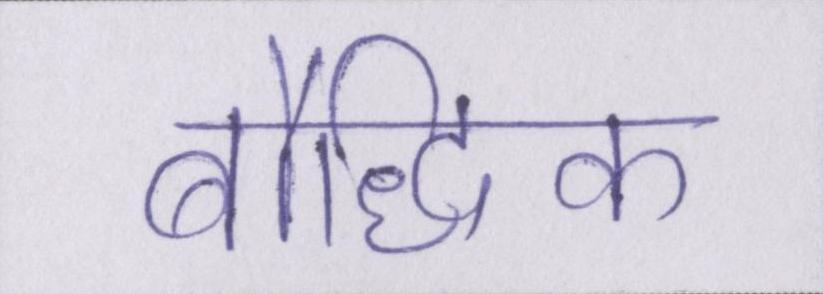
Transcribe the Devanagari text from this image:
बौद्धिक